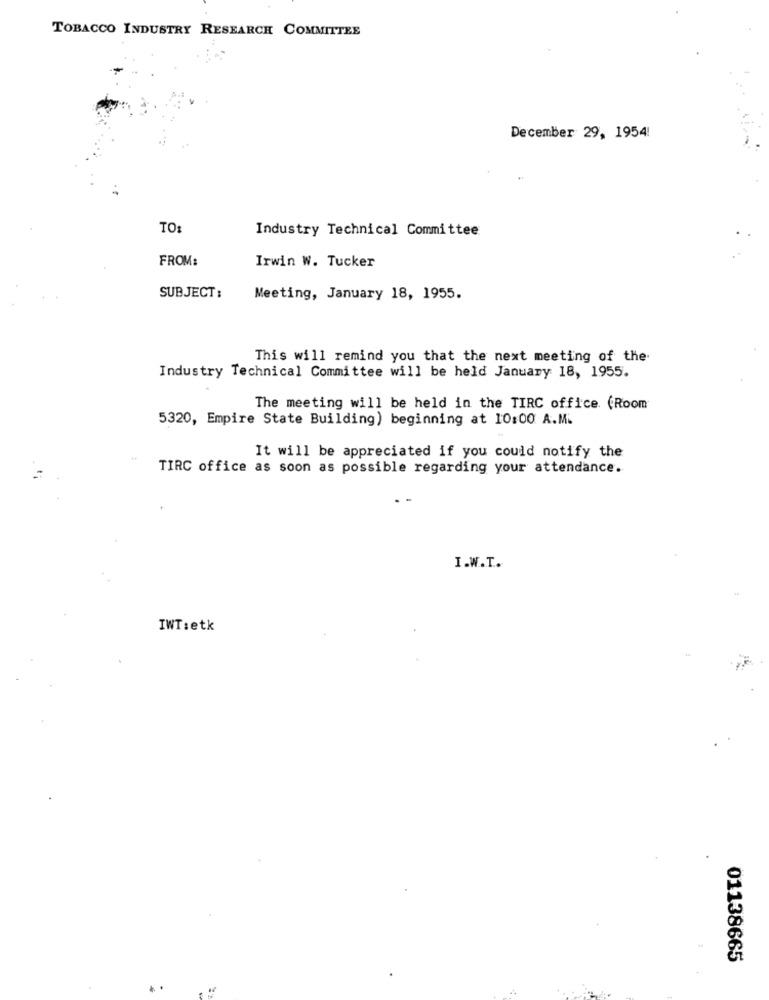
TOBACCO INDUSTRY RESEARCH COMMITTEE
December 29, 1954!
TO:
Industry Technical Committee
FROM:
Irwin W. Tucker
SUBJECT :
Meeting, January 18, 1955.
This will remind you that the next meeting of the.
Industry Technical Committee will be held January 18, 1955.
The meeting will be held in the TIRC office. (Room
5320, Empire State Building) beginning at 10:00 A.M.
It will be appreciated if you could notify the
TIRC office as soon as possible regarding your attendance.
I.W.T.
IWT:etk
01138665